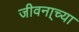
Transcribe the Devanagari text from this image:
जीवना्च्या